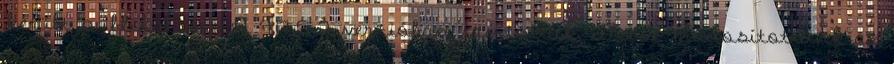
került publikálásra A 9.17.5.2 verzióban javítottuk, illetve módosítottunk az